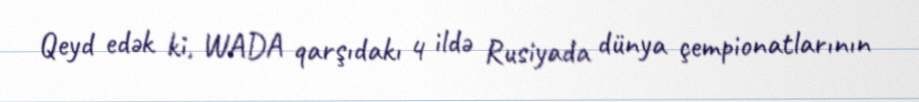
Qeyd edək ki, WADA qarşıdakı 4 ildə Rusiyada dünya çempionatlarının